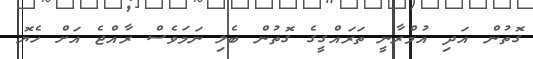
ގޮތުން އަދި އުމްރާނީ ތަރައްގީގެ ގޮތުން ބެލި ނަމަވެސް ރާއްޖެ އަށް ހެޔޮ